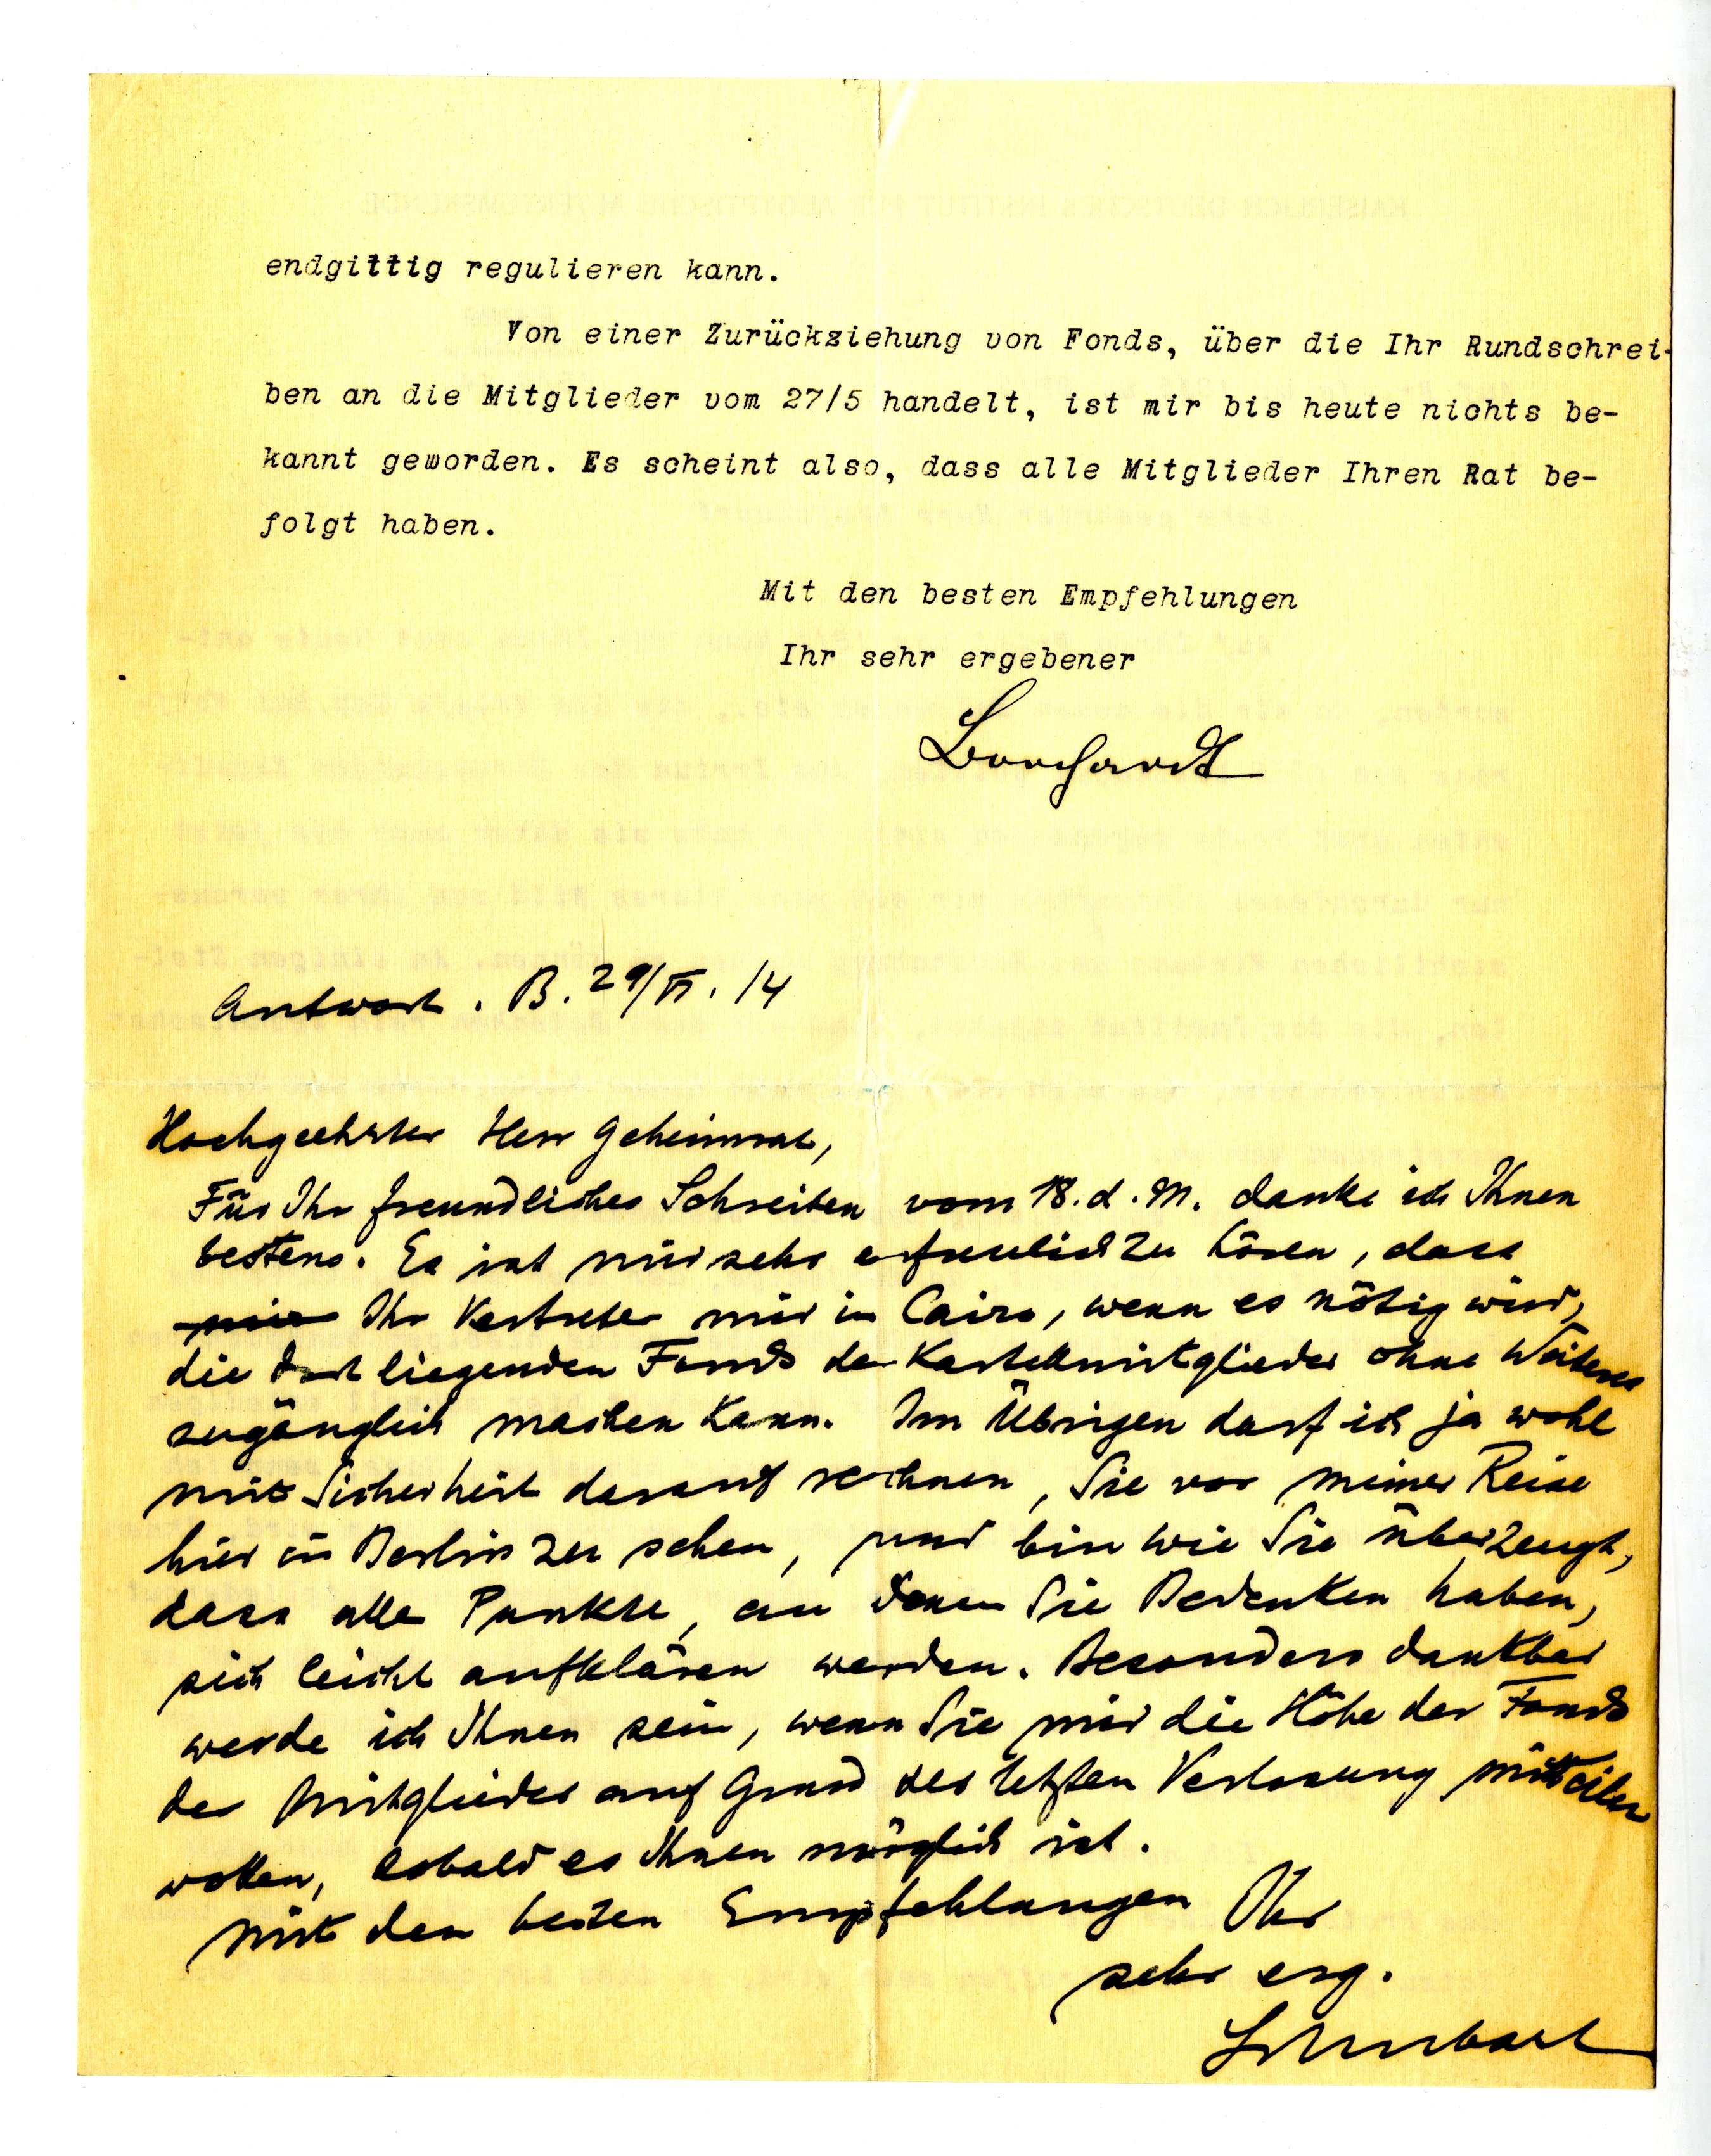
Antwort. B. 29/VI. 14
Hochverehrter Herr Geheimrat,
Für Ihr freundliches Schreiben vom 18. d. M. danke ich Ihnen
bestens. Es ist mir sehr erfreulich zu hören, dass
Ihr Vertreter mir in Cairo, wenn es nötig wird,
die dort liegenden Fonds der Kartellmitglieder ohne Weiteres
zugänglich machen kann. Im Übrigen darf ich ja wohl
mit Sicherheit darauf rechnen, Sie vor meiner Reise
hier in Berlin zu sehen, und bin wie Sie überzeugt,
dass alle Punkte, an denen Sie Bedenken haben,
sich leicht aufklären werden. Besonders dankbar
werde ich Ihnen sein, wenn Sie mir die Höhe der Fonds
der Mitglieder auf Grund der letzten Verlosung mitteilen
wollen, sobald es Ihnen möglich ist.
Mit den besten Empfehlungen Ihr
sehr erg.
Schubart